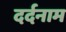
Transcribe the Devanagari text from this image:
दर्दनाम